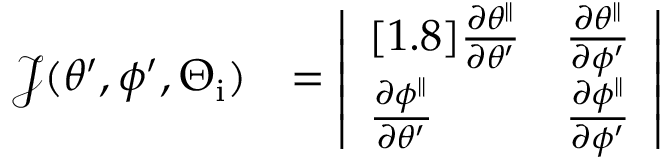
\begin{array} { r l } { \mathcal { J } ( \theta ^ { \prime } , \phi ^ { \prime } , \Theta _ { \mathrm { i } } ) } & { = \left| \begin{array} { l l } { [ 1 . 8 ] \frac { \partial \theta ^ { \parallel } } { \partial \theta ^ { \prime } } } & { \frac { \partial \theta ^ { \parallel } } { \partial \phi ^ { \prime } } } \\ { \frac { \partial \phi ^ { \parallel } } { \partial \theta ^ { \prime } } } & { \frac { \partial \phi ^ { \parallel } } { \partial \phi ^ { \prime } } } \end{array} \right| } \end{array}